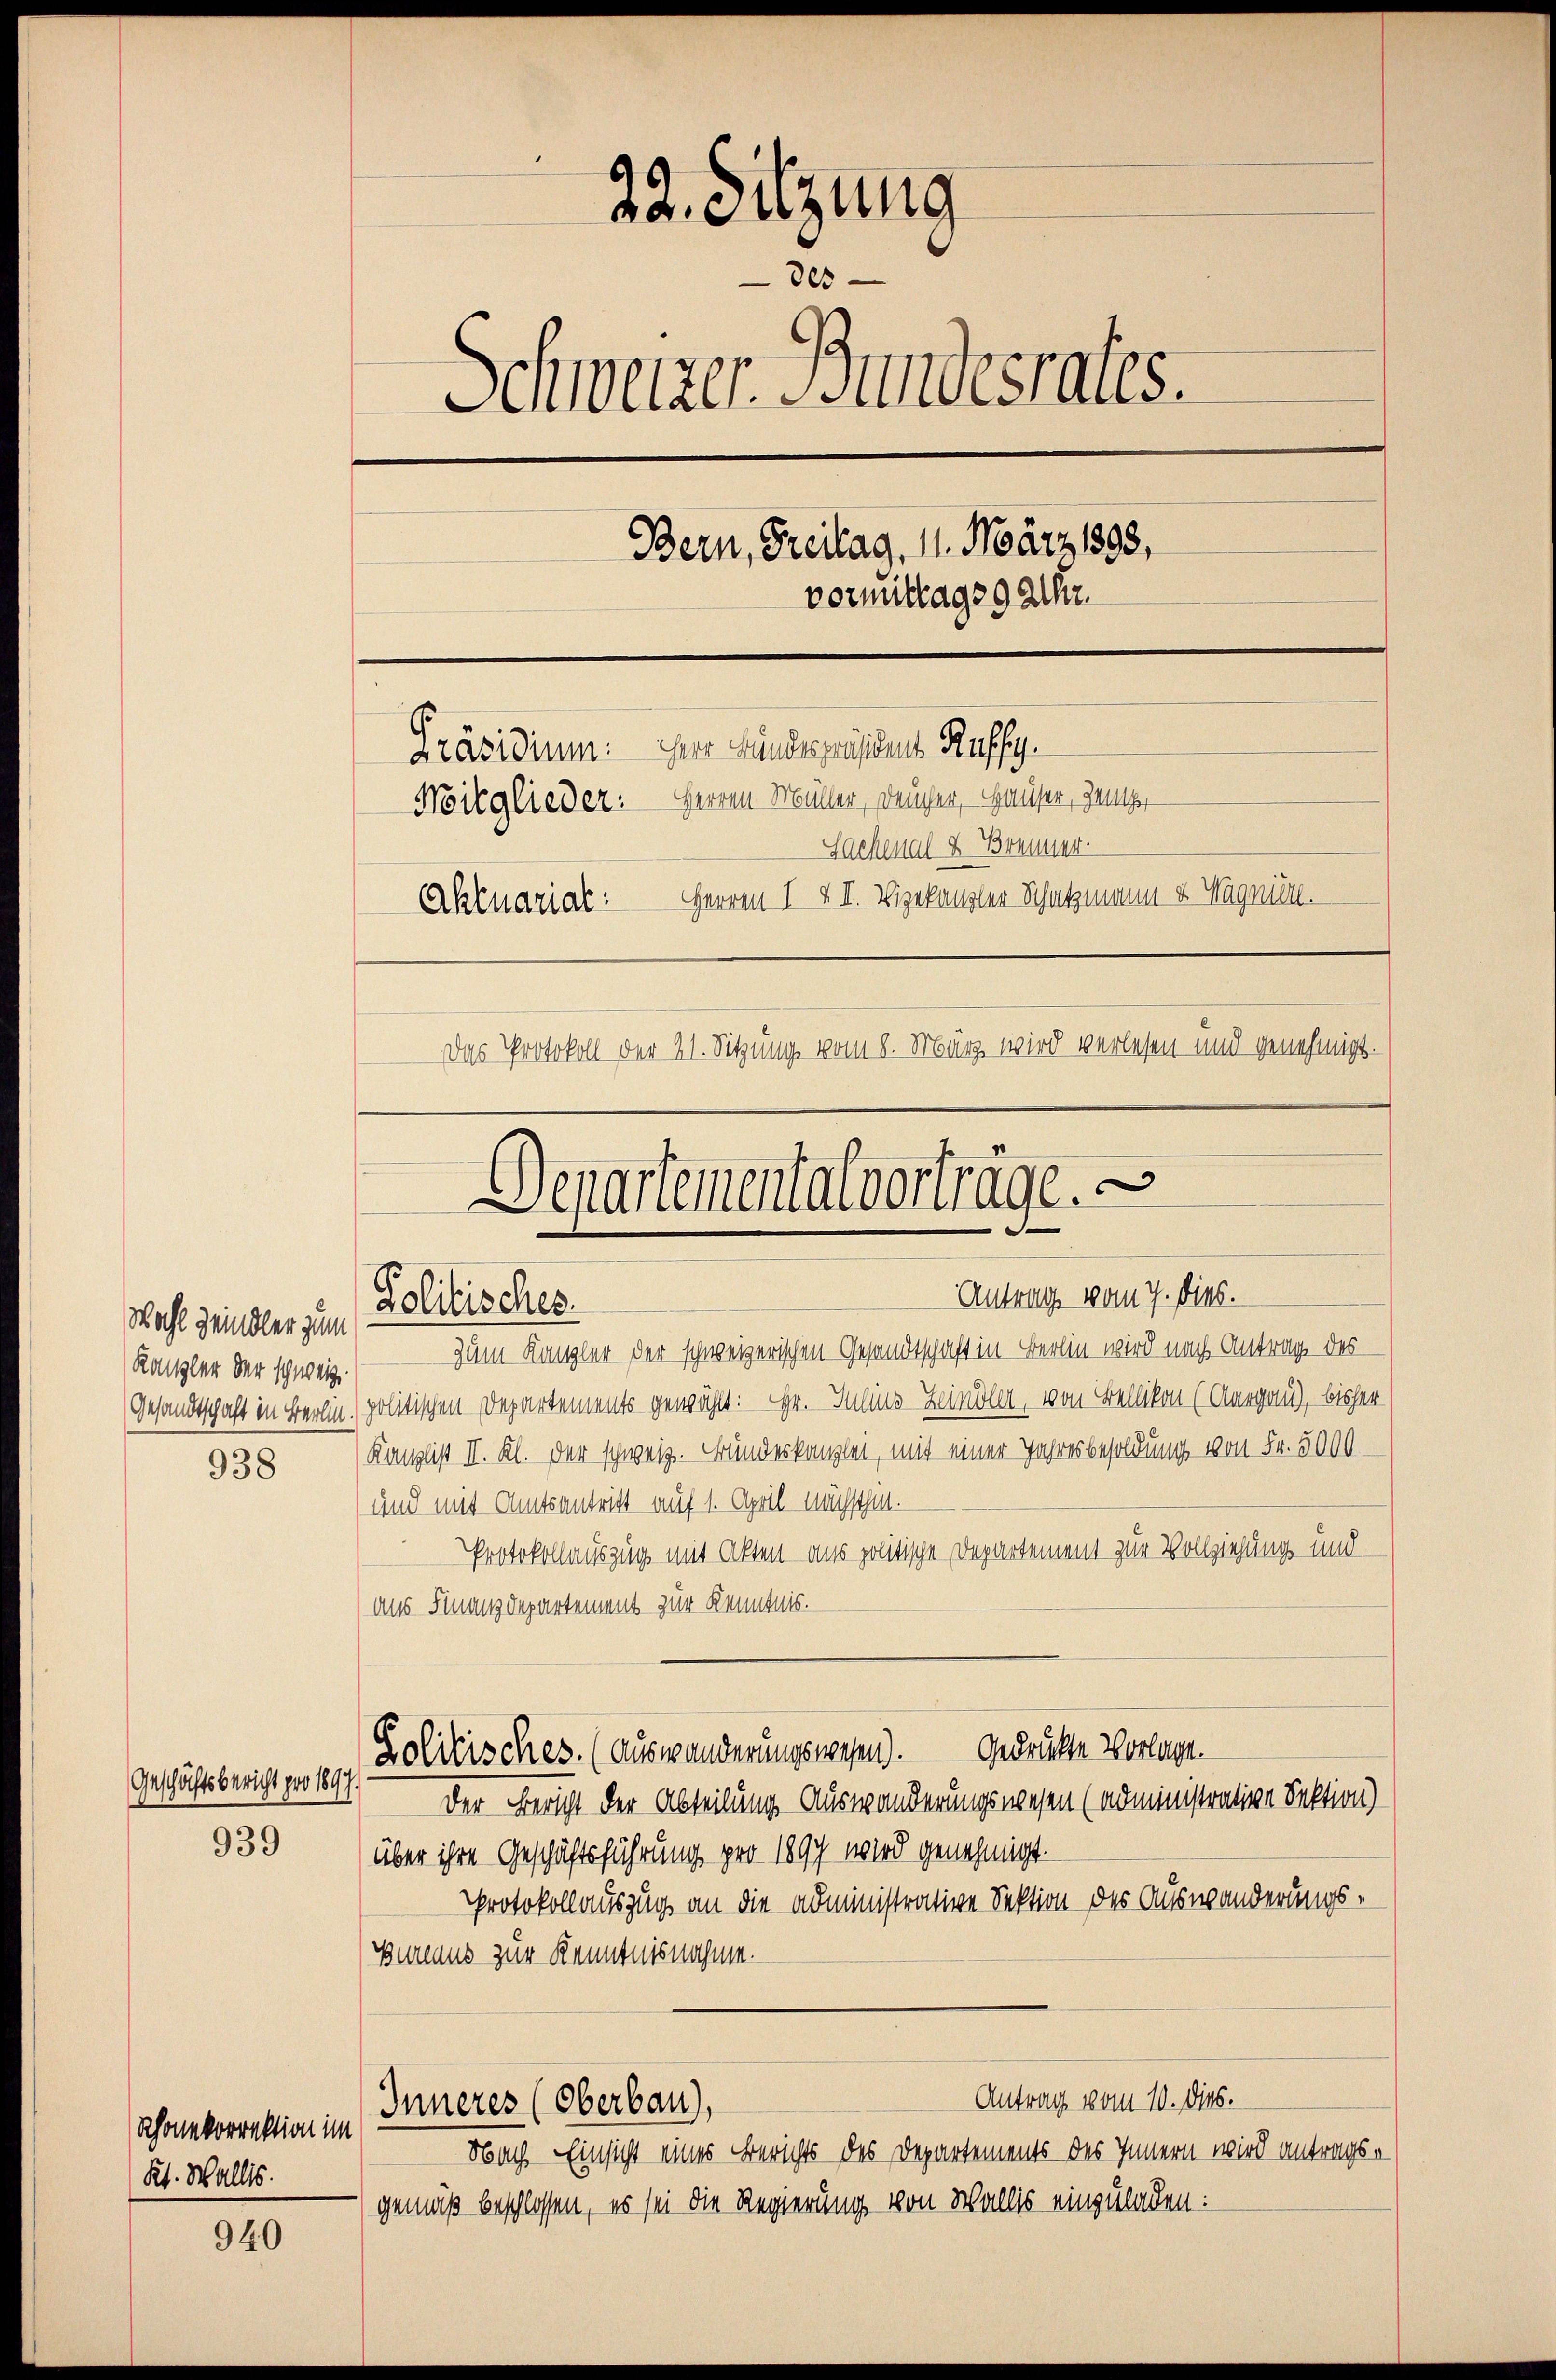
Wahl meindler zum
Kanzler der schweiz

938

Geschichtsbericht pro 1897.
939

Rhonkorrektion im
Kt. Wallis.

940

22. Sitzung
des
Schweizer Mindesrates.
Bern, Freitag, 11. März 1898,
vormittags 9 Aller.
Präsidium. Der Kindespräses Raffy.
Witglieder: Herren Müller, Deuchen, Hauser, jene,
Sachenal & Brenner
Herren I § I. Vizekanzler Schatzmann & Wagniell.
Aktuarial:
Das Protokoll der 21. Sitzung vom 8. März wird verlesen und genehmigt.

Departementalvorträge.
Antrag vom 7. dies.
Lolitisches.

Zum Kanzler der schweizerischen Gesandtschaft in Berlin wird nach Antrag des
Gesandtschaft in Berlin. politischen Departements gewählt: Hr. Juline Zeinöll, von Bellikon (Aargau), bisher
Kanzlist II. Kl. der schweiz. Bundeskanzlei, mit einer Jahresbesoldung von Fr. 5000
)und mit Amtsantritt auf 1. April nächsthin.
Protokollauszug mit Akten aus politische Departement zur Vollziehung und
aus Finanzdepartement zur Kenntnis.
Lolitisches. (Auswanderungswesen). Gedrückte Vorlage.
Der Bericht der Abteilung Auswanderungswesen (administrative Sektion)
über ihre Geschäftsführung pro 1897 wird genehmigt.
Protokollauszug an die administrative Sektion des Auswanderungs¬
Bureaus zur Kenntnisnahme.
Antrag vom 10. dies.
Inneres (Oberbau),
Nbach Einsicht eines Berichts des Departements des Innern wird antragsgemäß beschlossen, es sei die Regierung von Wallis einzuladen: